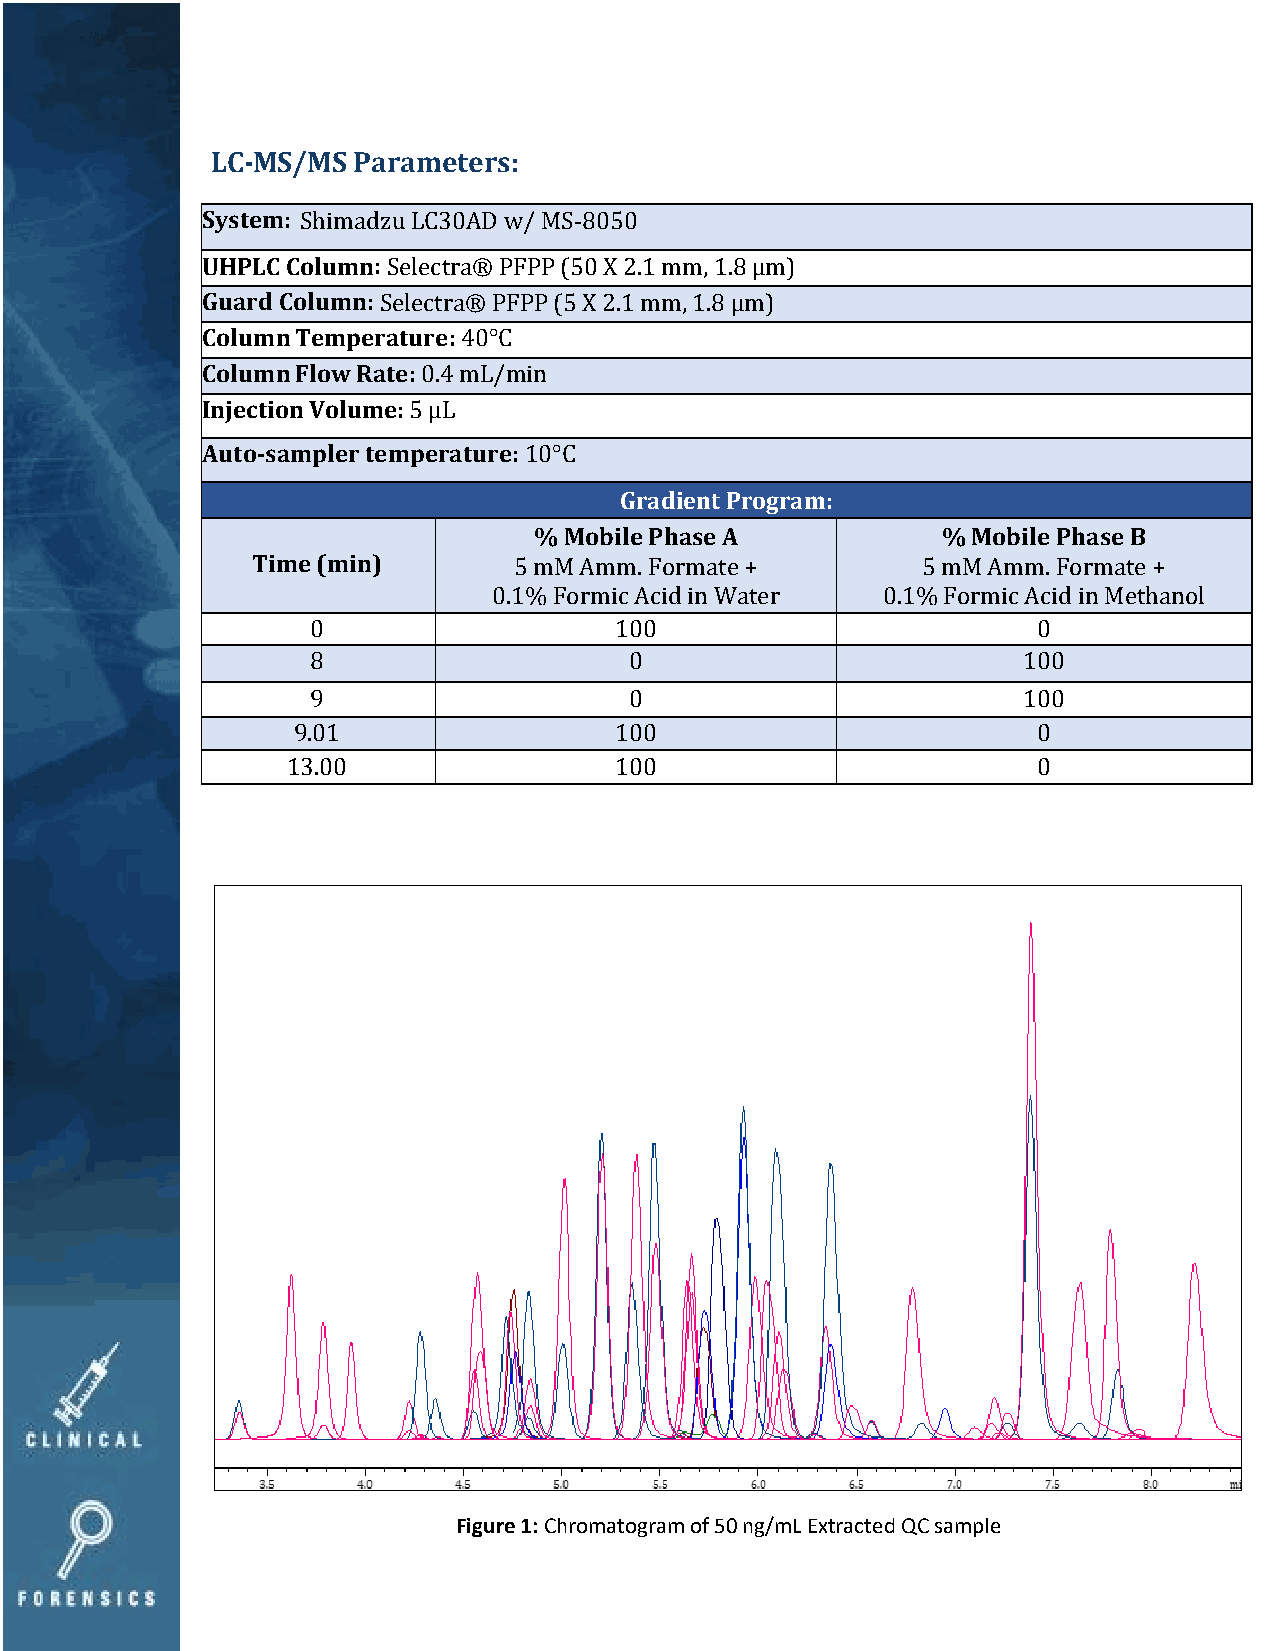
LC-MS/MS Parame ters:
 System: Shimadzu LC30AD w/ MS-8050
 UHPLC Column: Selectra® PFPP (50 X 2.1 mm, 1.8 µm)
 Guard Column: Selectra® PFPP (5 X 2.1 mm, 1.8 µm)
 Column Temperature: 40°C
 Column Flow Rate: 0.4 mL/min
 Injection Volume: 5 µL
 Auto-sampler temperature: 10°C
 Gradient Program:
 % Mobile Phase A           % Mobile Phase B
 Time (min)       5 mM Amm. Formate +        5 mM Amm. Formate +
 0.1% Formic Acid in Water 0.1% Formic Acid in Methanol
 0                   100                         0
 8                    0                         100
 9                    0                         100
 9.01                  100                         0
 13.00                 100                         0
 Figure 1: Chromatogram of 50 ng/mL Extracted QC sample